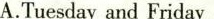
A.Tuesday and Friday